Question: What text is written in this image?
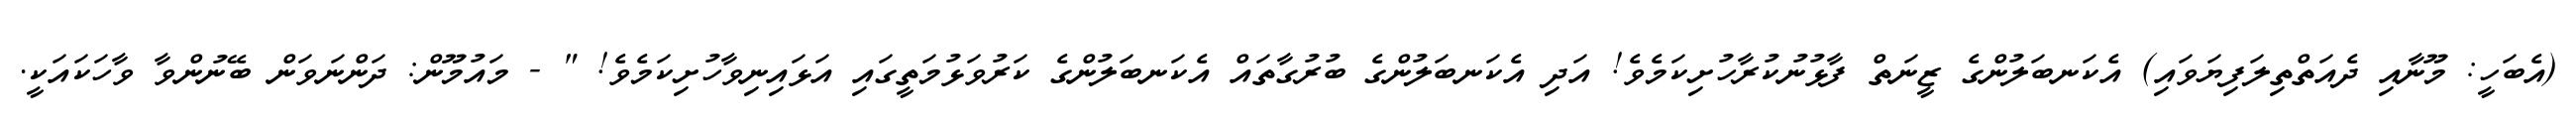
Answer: (އެބަހީ: މޫނާއި ދެއަތްތިލަފިޔަވައި) އެކަނބަލުންގެ ޒީނަތް ފާޅުނުކުރާހުށިކަމެވެ! އަދި އެކަނބަލުންގެ ބުރުގާތައް އެކަނބަލުންގެ ކަރުވަޅުމަތީގައި އަޅައިނިވާހުށިކަމެވެ! " - މައުމޫން: ދަންނަވަން ބޭނުންވާ ވާހަކައަކީ.